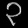
Digit: ၃